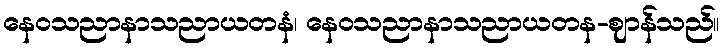
နေဝသညာနာသညာယတနံ၊ နေဝသညာနာသညာယတန-ဈာန်သည်။